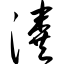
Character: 瀵